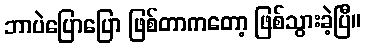
ဘာပဲပြောပြော ဖြစ်တာကတော့ ဖြစ်သွားခဲ့ပြီ။